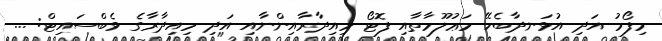
މިފޯމު އަދި އުޅަނދާބެހޭ މަޢުލޫމާތާއި ފޮޓޯ މިއިދާރާއިންނާއި އަދި މިއިދާރާގެ ވެބްސައިޓް: ...